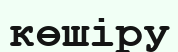
көшіру